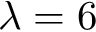
\lambda = 6